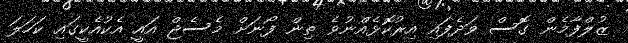
ޒުލްފާމެން ގޮސް ވަދެފައި އިރުކޮޅެއްނުވެ ތިން ފޯނަށް މެސެޖް އައީ އެކުއެކީގައި ކަހަލަ